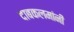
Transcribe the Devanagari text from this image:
दाबकलमांनी